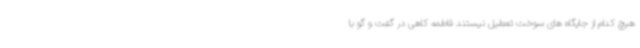
هیچ کدام از جایگاه های سوخت تعطیل نیستند فاطمه کاهی در گفت و گو با